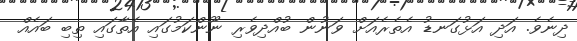
ދިނެވެ. އަދި އަޅުގަނޑު އެތެރެއަށް ވަނުން ބުއްދިވެރި ނޫންކަމުގައި އެތާގައި ތިބި ބައެއް